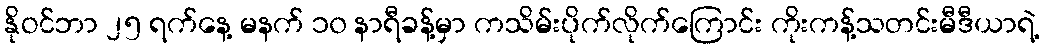
နိုဝင်ဘာ ၂၅ ရက်နေ့ မနက် ၁၀ နာရီခန့်မှာ ကသိမ်းပိုက်လိုက်ကြောင်း ကိုးကန့်သတင်းမီဒီယာရဲ့